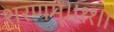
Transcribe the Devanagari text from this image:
शरणम्॥११॥